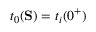
t _ { 0 } ( \mathbf { S } ) = t _ { i } ( 0 ^ { + } )